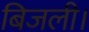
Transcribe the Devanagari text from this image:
बिजली।